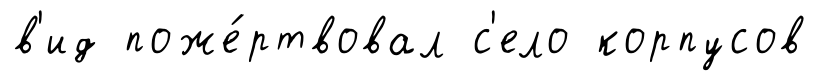
в'ид поже́ртвовал с'ело корпусов